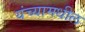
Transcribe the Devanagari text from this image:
यंच्यामधील